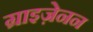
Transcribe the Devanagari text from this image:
ग्राइज़ेनन